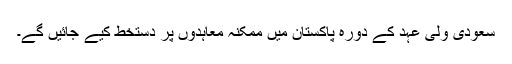
سعودی ولی عہد کے دورہ پاکستان میں ممکنہ معاہدوں پر دستخط کیے جائیں گے۔